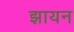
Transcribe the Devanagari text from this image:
झायन